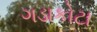
ગડાકોટા